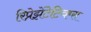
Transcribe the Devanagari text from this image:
रिप्रेझेंटेटिव्ह्स